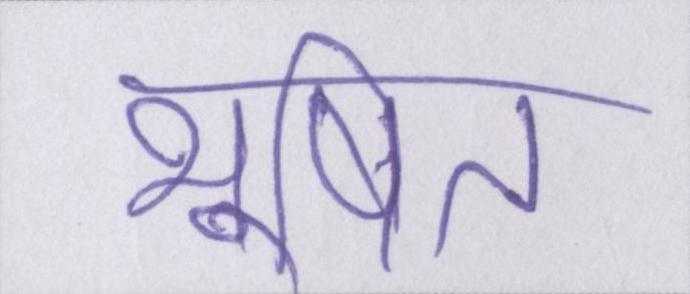
भूषित